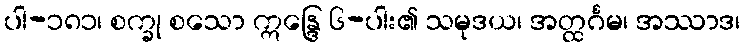
ပါ-၁၈၁၊ စက္ခု စသော ဣန္ဒြေ ၆-ပါး၏ သမုဒယ၊ အတ္ထင်္ဂမ၊ အဿာဒ၊